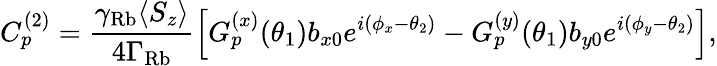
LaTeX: C_{p}^{(2)}=\frac{\gamma_{\mathrm{Rb}}\langle S_{z}\rangle}{4\Gamma_{\mathrm{Rb}}}\left[G_{p}^{(x)}(\theta_{1})b_{x0}e^{i(\phi_{x}-\theta_{2})}-G_{p}^{(y)}(\theta_{1})b_{y0}e^{i(\phi_{y}-\theta_{2})}\right],